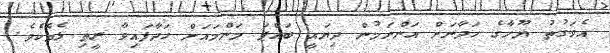
އެވަގުތު ޔޫހާގެ ހަދާނަށް އަންނަމުން ދިޔައީ ބައްޕަ މަންމައަށް ހަދާފައިވާ ރީތި ޅެމެކެވެ.